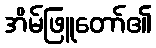
အိမ်ဖြူတော်၏